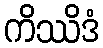
ကိဿိဒံ